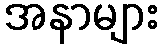
အနာများ